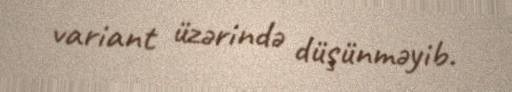
variant üzərində düşünməyib.